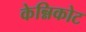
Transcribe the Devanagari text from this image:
केन्निकोट